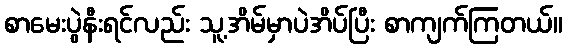
စာမေးပွဲနီးရင်လည်း သူ့အိမ်မှာပဲအိပ်ပြီး စာကျက်ကြတယ်။